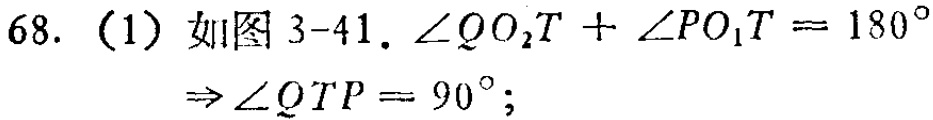
68. （1）如图 3-41. \(\angle QO_{2}T + \angle PO_{1}T = 180^{\circ}\)
\(\Rightarrow\angle QTP = 90^{\circ}\);